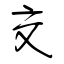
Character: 交